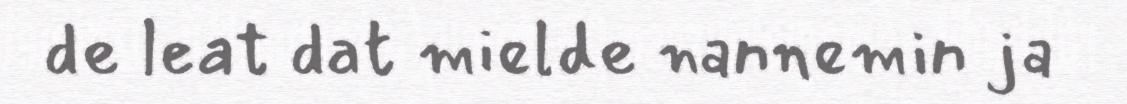
de leat dat mielde nannemin ja